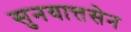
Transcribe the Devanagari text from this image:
सुनयात्तसेन